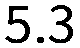
5.3